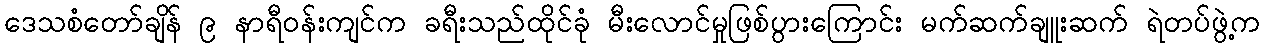
ဒေသစံတော်ချိန် ၉ နာရီဝန်းကျင်က ခရီးသည်ထိုင်ခုံ မီးလောင်မှုဖြစ်ပွားကြောင်း မက်ဆက်ချူးဆက် ရဲတပ်ဖွဲ့က